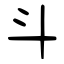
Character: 斗